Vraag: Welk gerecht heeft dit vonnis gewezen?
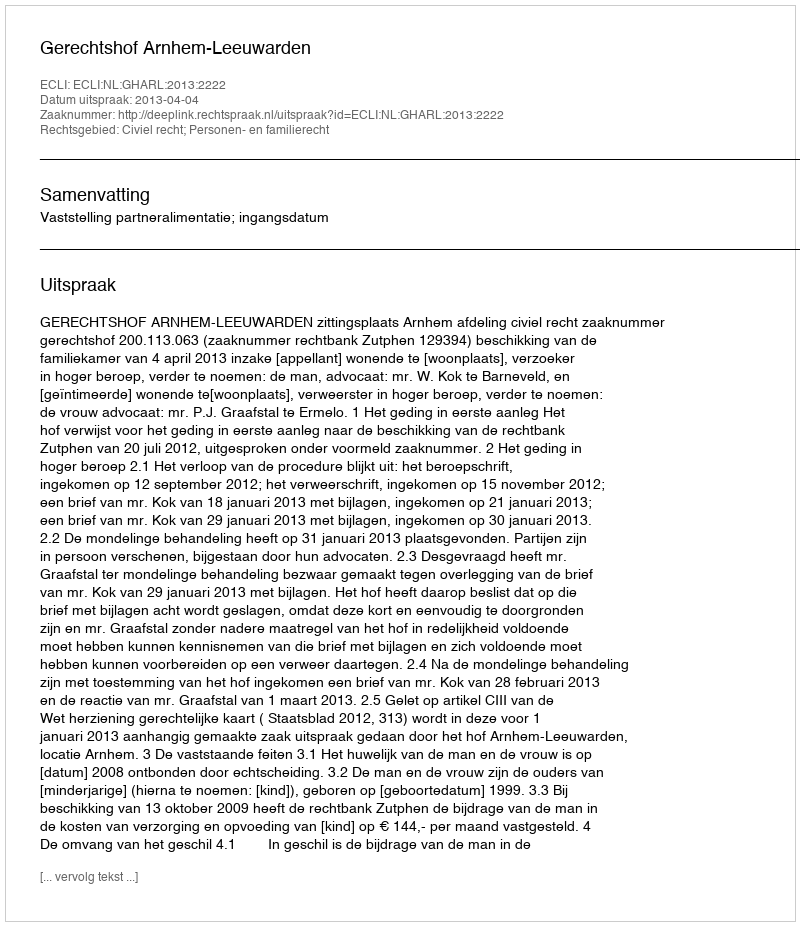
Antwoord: Gerechtshof Arnhem-Leeuwarden